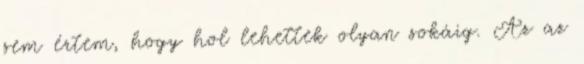
sem értem, hogy hol lehettek olyan sokáig. Az az